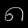
Digit: ၈